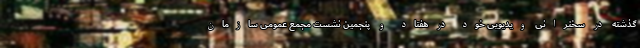
گذشته در سخنرانی ویدیویی خود در هفتاد و پنجمین نشست مجمع عمومی سازمان